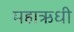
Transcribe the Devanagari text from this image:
महाऋधी